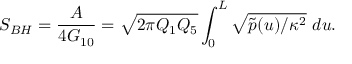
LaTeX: S _ { B H } = { \frac { A } { 4 G _ { 1 0 } } } = \sqrt { 2 \pi Q _ { 1 } Q _ { 5 } } \int _ { 0 } ^ { L } \sqrt { \tilde { p } ( u ) / \kappa ^ { 2 } } \ d u .